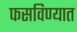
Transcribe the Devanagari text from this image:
फसविण्यात